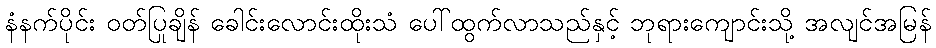
နံနက်ပိုင်း ဝတ်ပြုချိန် ခေါင်းလောင်းထိုးသံ ပေါ်ထွက်လာသည်နှင့် ဘုရားကျောင်းသို့ အလျင်အမြန်